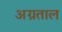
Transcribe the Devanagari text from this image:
अग्रताल